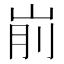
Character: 𰎗